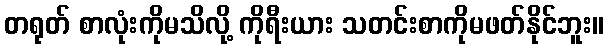
တရုတ် စာလုံးကိုမသိလို့ ကိုရီးယား သတင်းစာကိုမဖတ်နိုင်ဘူး။